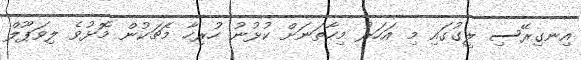
އިނގިރޭސި ލީގުގައި މި އަހަރު މިހާތަނަށް ކުޅުނު ހުރިހާ މެޗަކުން މޮޅުވެ ލިވަޕޫލް